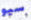
سيو